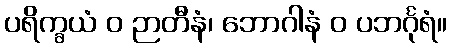
ပရိက္ခယံ ဝ ဉာတီနံ၊ ဘောဂါနံ ဝ ပဘင်္ဂုရံ။